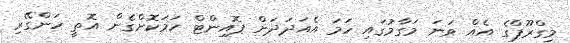
މިގްރޫޕްގެ އެއް ވަނަ މަގާމުގައި ހަމަ އެއަދަަދަށް ޕޮއިންޓް ހަމަކޮށްގެން އޮތީ ހަންގޭރި